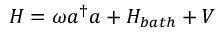
H = \omega a ^ { \dagger } a + H _ { b a t h } + V